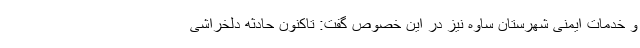
و خدمات ایمنی شهرستان ساوه نیز در این خصوص گفت: تاکنون حادثه دلخراشی